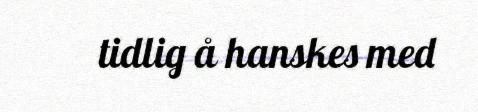
tidlig å hanskes med